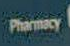
Pharmacy